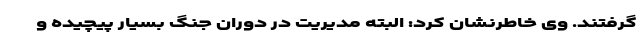
گرفتند. وی خاطرنشان کرد: البته مدیریت در دوران جنگ بسیار پیچیده و